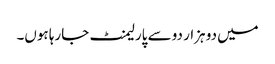
میں دو ہزار دو سے پارلیمنٹ جارہا ہوں۔